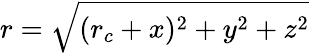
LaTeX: r=\sqrt{(r_{c}+x)^{2}+y^{2}+z^{2}}